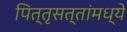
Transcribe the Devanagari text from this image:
पित्तृसत्तांमध्ये